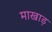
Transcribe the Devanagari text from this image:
माखाड़